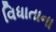
વિધાતાના